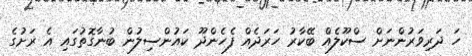
ހަ ދަރިވަރުންނަށް ސްކޫލެއް ބޭކާރު ހަރަދެއް ފެހެންދޫ ކައުންސިލުން ބުނާގޮތުގައި އެ ރަށުގެ